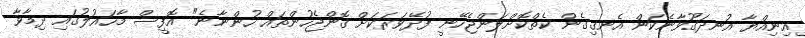
އިނިއްޔާ އުނދަގޫވާނެކަން އެނގިގެން ކެތްކޮށްލަންޖެހޭނީ ފުދޭވަރަކަށް ގޮންޖެހުންތައް ހުންނާނެ" އޮފީސް މާހައުލުގައި ދިމާވާ